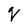
Character: q